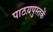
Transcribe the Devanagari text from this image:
पाठय़पुस्तकें